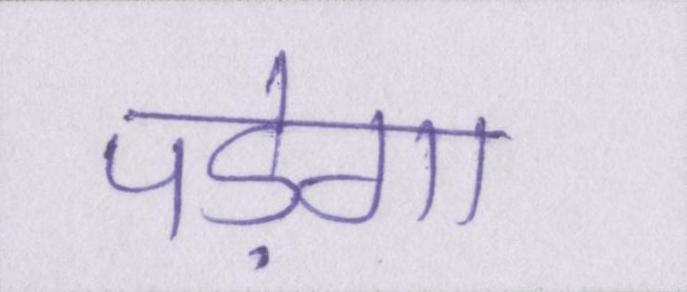
पड़ेगा